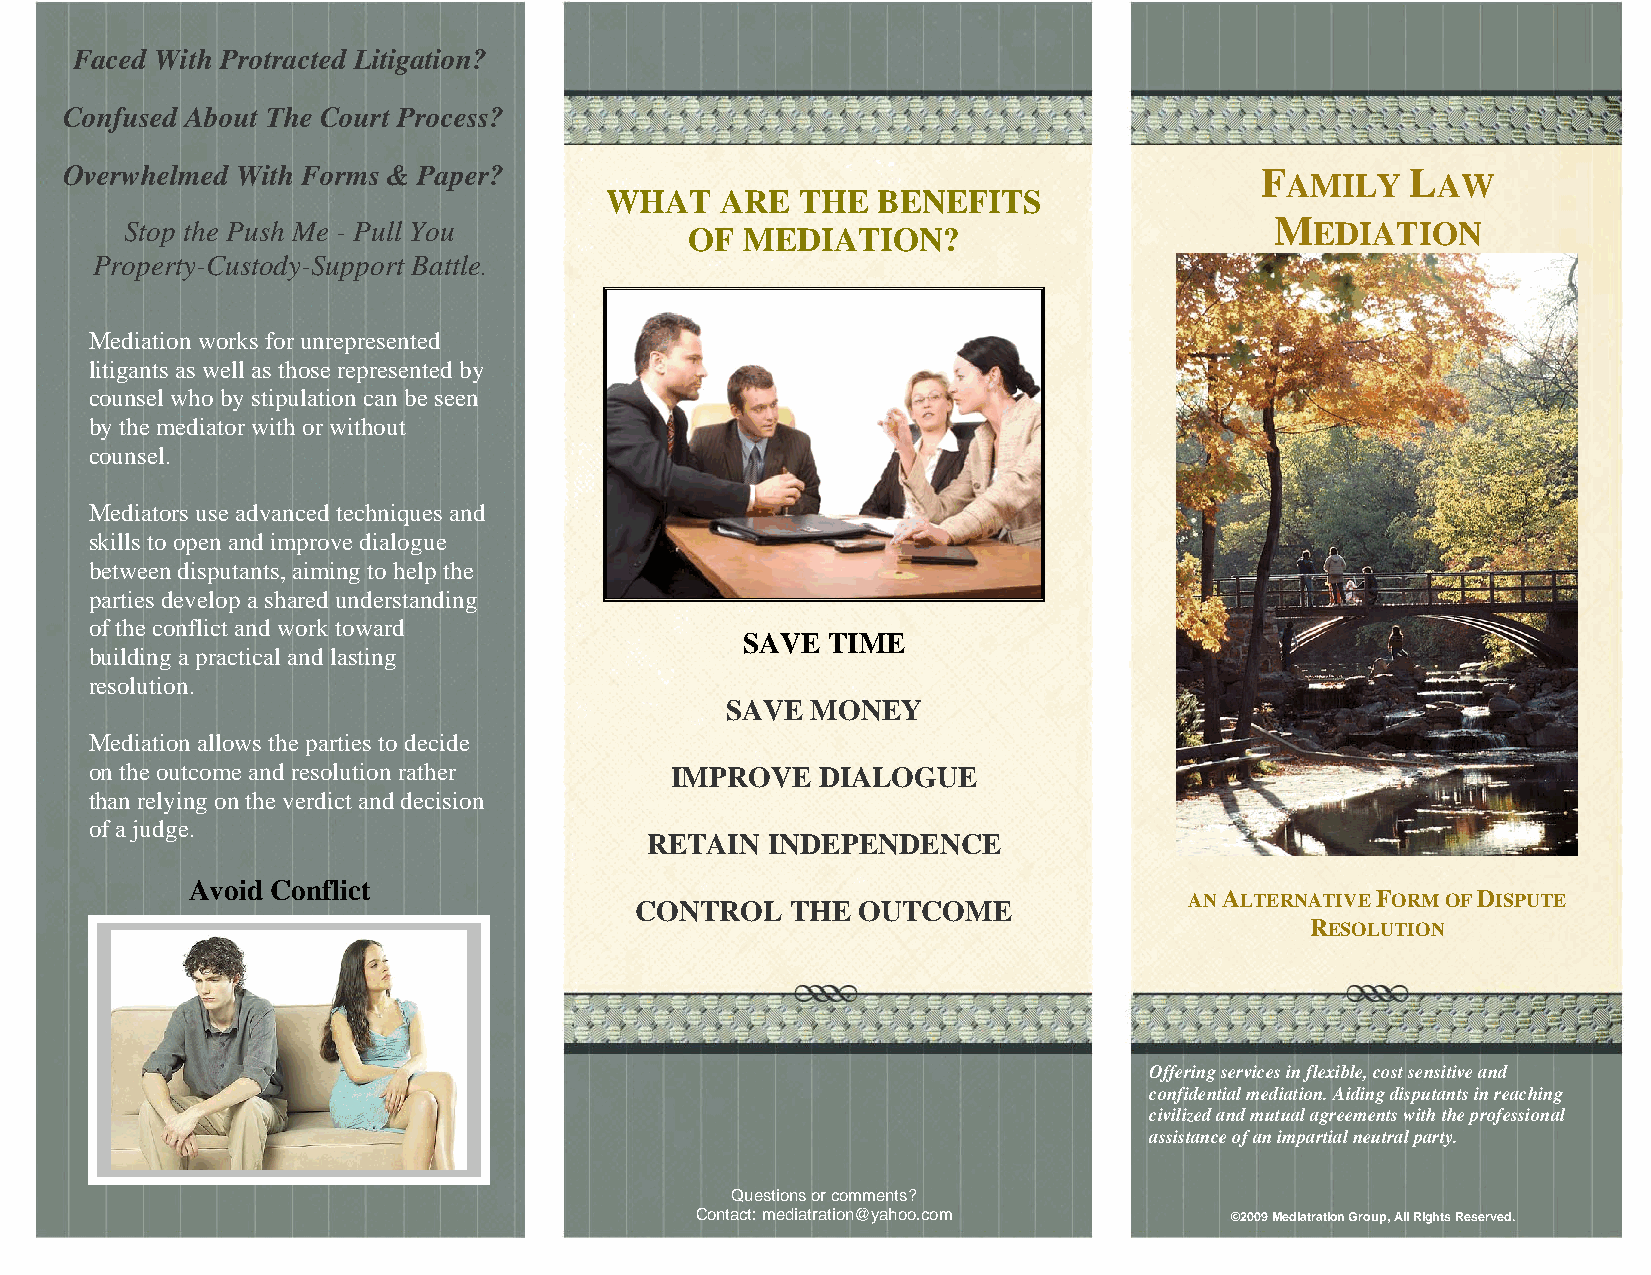
Faced With Protracted Litigation?
 Confused About The Court Process?
 Overwhelmed With Forms & Paper?                                                F         L
 AMILY     AW
 WHAT    ARE  THE  BENEFITS
 M
 Stop the Push Me - Pull You                                                    EDIATION
 OF MEDIATION?
 Property-Custody-Support Battle.
 Mediation works for unrepresented
 litigants as well as those represented by
 counsel who by stipulation can be seen
 by the mediator with or without
 counsel.
 Mediators use advanced techniques and
 skills to open and improve dialogue
 between disputants, aiming to help the
 parties develop a shared understanding
 of the conflict and work toward
 SAVE  TIME
 building a practical and lasting
 resolution.
 SAVE  MONEY
 Mediation allows the parties to decide
 on the outcome and resolution rather  IMPROVE   DIALOGUE
 than relying on the verdict and decision
 of a judge.
 RETAIN  INDEPENDENCE
 Avoid Conflict
 AN ALTERNATIVE FORM OF DISPUTE
 CONTROL   THE  OUTCOME
 RESOLUTION
 Offering services in flexible, cost sensitive and
 confidential mediation. Aiding disputants in reaching
 civilized and mutual agreements with the professional
 assistance of an impartial neutral party.
 Questions or comments?
 Contact: mediatration@yahoo.com    ©2009 Mediatration Group, All Rights Reserved.